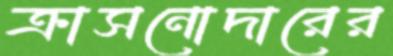
ক্রাসনোদারের